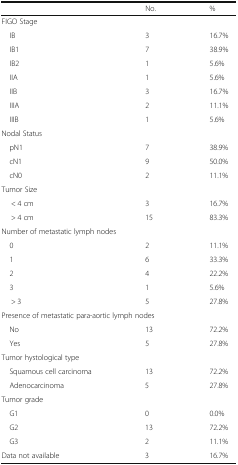
<table><thead><tr><td></td><td><b>No.</b></td><td><b>%</b></td></tr></thead><tbody><tr><td colspan="3">FIGO Stage</td></tr><tr><td> IB</td><td>3</td><td>16.7%</td></tr><tr><td> IB1</td><td>7</td><td>38.9%</td></tr><tr><td> IB2</td><td>1</td><td>5.6%</td></tr><tr><td> IIA</td><td>1</td><td>5.6%</td></tr><tr><td> IIB</td><td>3</td><td>16.7%</td></tr><tr><td> IIIA</td><td>2</td><td>11.1%</td></tr><tr><td> IIIB</td><td>1</td><td>5.6%</td></tr><tr><td colspan="3">Nodal Status</td></tr><tr><td> pN1</td><td>7</td><td>38.9%</td></tr><tr><td> cN1</td><td>9</td><td>50.0%</td></tr><tr><td> cN0</td><td>2</td><td>11.1%</td></tr><tr><td colspan="3">Tumor Size</td></tr><tr><td>&lt; 4 cm</td><td>3</td><td>16.7%</td></tr><tr><td>&gt; 4 cm</td><td>15</td><td>83.3%</td></tr><tr><td colspan="3">Number of metastatic lymph nodes</td></tr><tr><td> 0</td><td>2</td><td>11.1%</td></tr><tr><td> 1</td><td>6</td><td>33.3%</td></tr><tr><td> 2</td><td>4</td><td>22.2%</td></tr><tr><td> 3</td><td>1</td><td>5.6%</td></tr><tr><td>&gt; 3</td><td>5</td><td>27.8%</td></tr><tr><td colspan="3">Presence of metastatic para-aortic lymph nodes</td></tr><tr><td> No</td><td>13</td><td>72.2%</td></tr><tr><td> Yes</td><td>5</td><td>27.8%</td></tr><tr><td colspan="3">Tumor hystological type</td></tr><tr><td> Squamous cell carcinoma</td><td>13</td><td>72.2%</td></tr><tr><td> Adenocarcinoma</td><td>5</td><td>27.8%</td></tr><tr><td colspan="3">Tumor grade</td></tr><tr><td> G1</td><td>0</td><td>0.0%</td></tr><tr><td> G2</td><td>13</td><td>72.2%</td></tr><tr><td> G3</td><td>2</td><td>11.1%</td></tr><tr><td>Data not available</td><td>3</td><td>16.7%</td></tr></tbody></table>